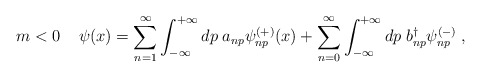
\begin{align*}m<0 \; \;\;\;\psi(x)= \sum^{\infty}_{n=1} \int^{+\infty}_{-\infty} d p \; a_{np} \psi^{(+)}_{np} (x) + \sum^{\infty}_{n=0} \int^{+\infty}_{-\infty} d p \; b^{\dag}_{np} \psi^{(-)}_{np} \; ,\end{align*}